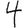
Digit: 4